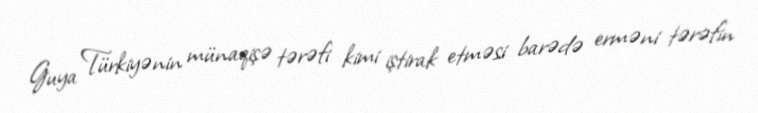
Guya Türkiyənin münaqişə tərəfi kimi iştirak etməsi barədə erməni tərəfin